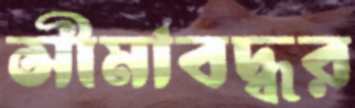
সীমাবদ্ধর